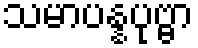
သမာပန္နပုဗ္ဗာ